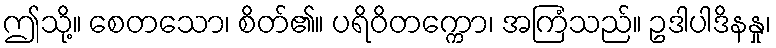
ဤသို့။ စေတသော၊ စိတ်၏။ ပရိဝိတက္ကော၊ အကြံသည်။ ဥဒါပါဒိနနှု၊